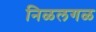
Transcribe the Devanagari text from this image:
निळलगळ